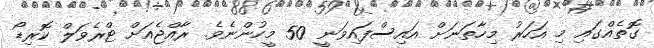
ގޮތެއްގައި މި އަހަރު މިހާތަނަށް އައިސްފައިވަނީ 50 މީހުންނެވެ. ރާއްޖެއަށް ޓްރެވަލް ކޮރިޑޯ